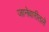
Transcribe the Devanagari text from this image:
जानेवारीतले